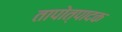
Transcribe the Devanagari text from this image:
तापोत्पादक